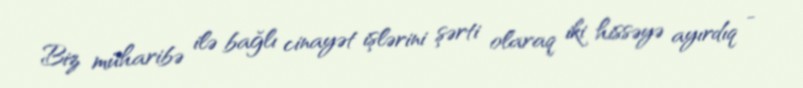
Biz müharibə ilə bağlı cinayət işlərini şərti olaraq iki hissəyə ayırdıq -